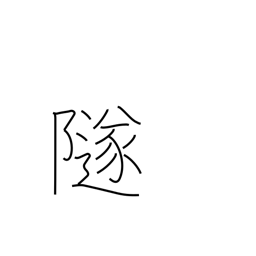
Meaning: fall